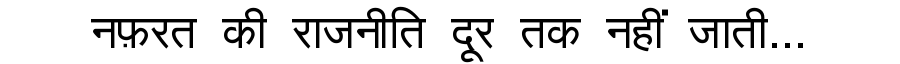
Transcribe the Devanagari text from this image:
नफ़रत की राजनीति दूर तक नहीं जाती...